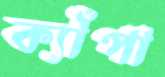
ক্যাঁপা